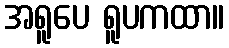
အရူပေ ရူပကထာ။